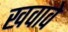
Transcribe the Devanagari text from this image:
खवावे